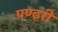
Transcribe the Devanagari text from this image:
पण्ढ़री